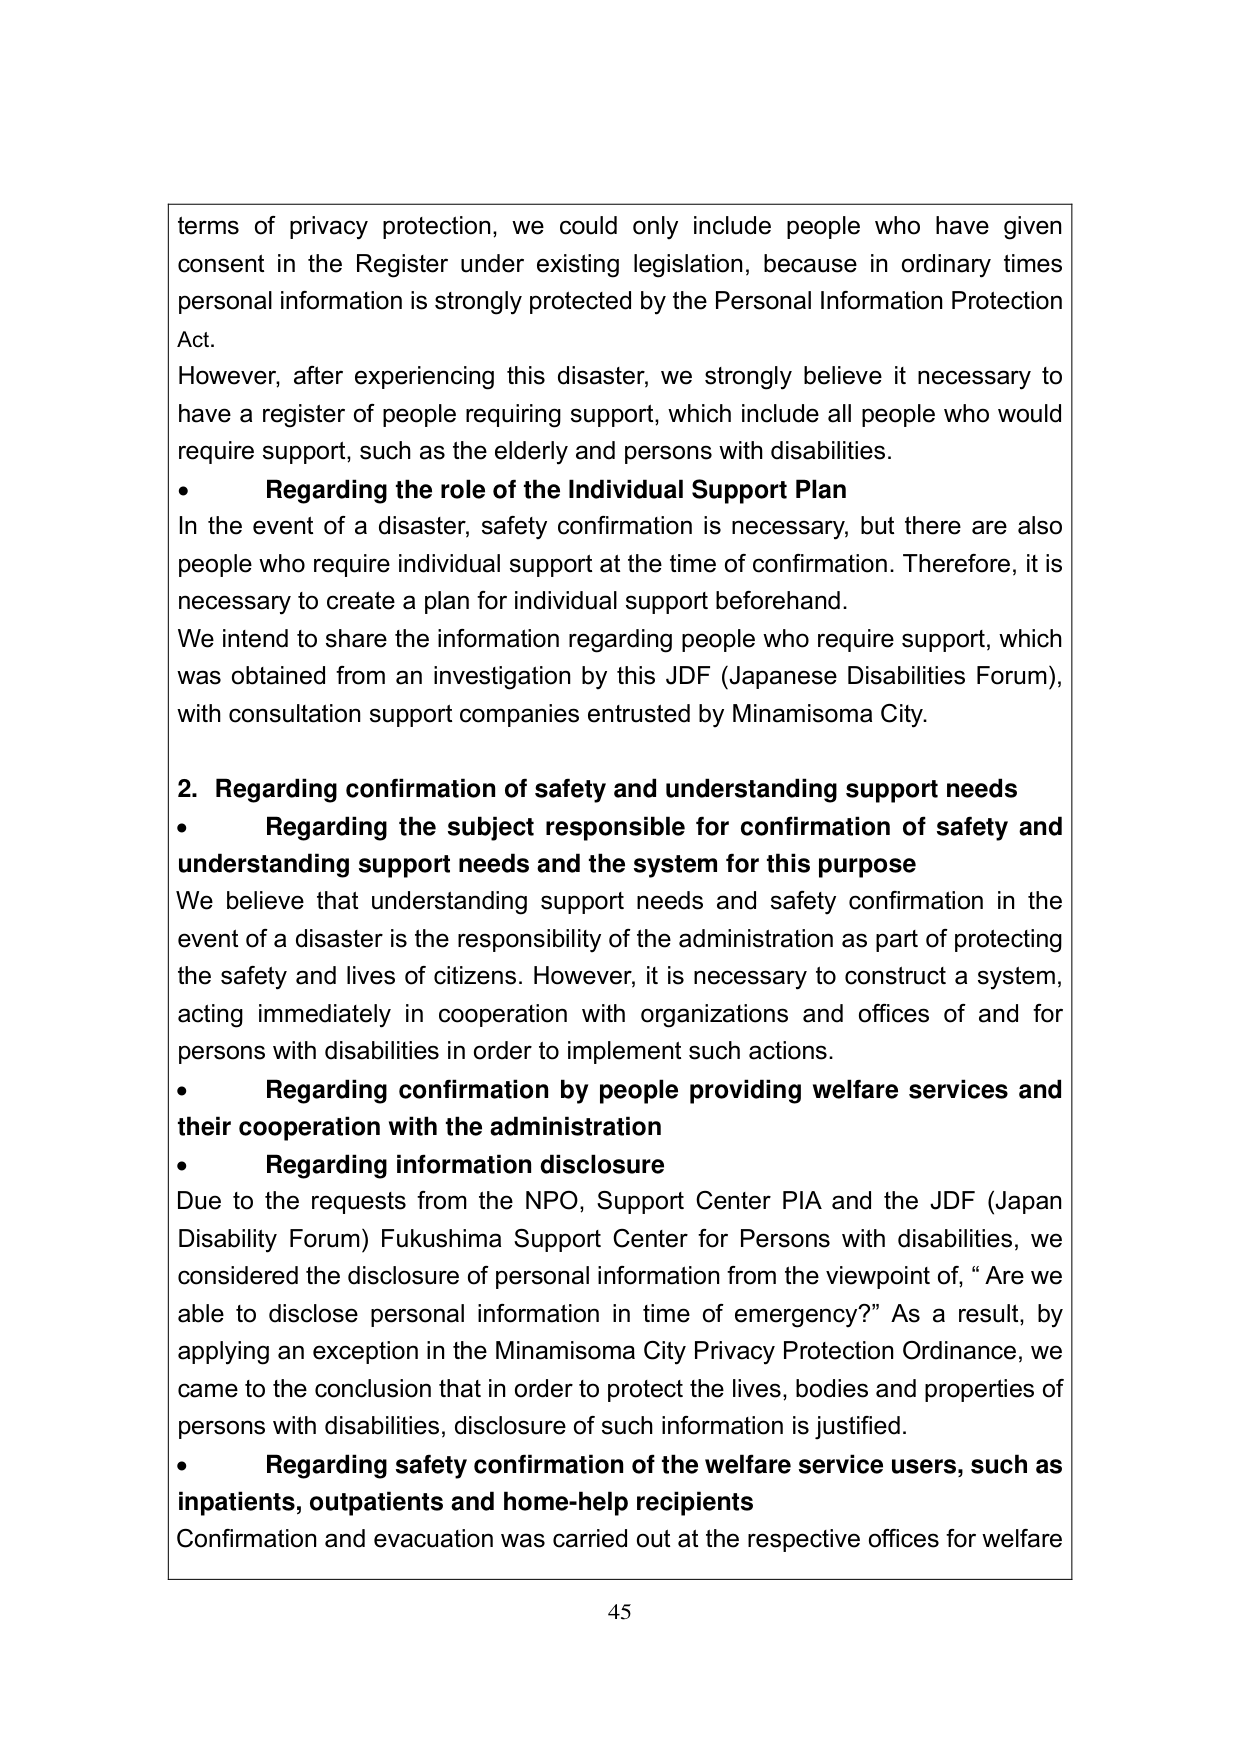
terms of privacy protection, we could only include people who have given consent in the Register under existing legislation, because in ordinary times personal information is strongly protected by the Personal Information Protection Act.

However, after experiencing this disaster, we strongly believe it necessary to have a register of people requiring support, which include all people who would require support, such as the elderly and persons with disabilities.

• Regarding the role of the Individual Support Plan
In the event of a disaster, safety confirmation is necessary, but there are also people who require individual support at the time of confirmation. Therefore, it is necessary to create a plan for individual support beforehand.
We intend to share the information regarding people who require support, which was obtained from an investigation by this JDF (Japanese Disabilities Forum), with consultation support companies entrusted by Minamisoma City.

2. Regarding confirmation of safety and understanding support needs
• Regarding the subject responsible for confirmation of safety and understanding support needs and the system for this purpose
We believe that understanding support needs and safety confirmation in the event of a disaster is the responsibility of the administration as part of protecting the safety and lives of citizens. However, it is necessary to construct a system, acting immediately in cooperation with organizations and offices of and for persons with disabilities in order to implement such actions.
• Regarding confirmation by people providing welfare services and their cooperation with the administration
• Regarding information disclosure
Due to the requests from the NPO, Support Center PIA and the JDF (Japan Disability Forum) Fukushima Support Center for Persons with disabilities, we considered the disclosure of personal information from the viewpoint of, “Are we able to disclose personal information in time of emergency?” As a result, by applying an exception in the Minamisoma City Privacy Protection Ordinance, we came to the conclusion that in order to protect the lives, bodies and properties of persons with disabilities, disclosure of such information is justified.
• Regarding safety confirmation of the welfare service users, such as inpatients, outpatients and home-help recipients
Confirmation and evacuation was carried out at the respective offices for welfare

45